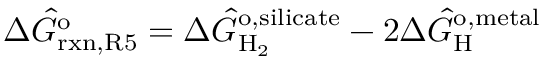
\Delta \hat { G } _ { \mathrm { r x n , R 5 } } ^ { \mathrm { o } } = \Delta \hat { G } _ { \mathrm { H _ { 2 } } } ^ { \mathrm { o , s i l i c a t e } } - 2 \Delta \hat { G } _ { \mathrm { H } } ^ { \mathrm { o , m e t a l } }